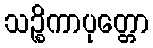
သဉ္စိကာပုတ္တော